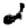
Digit: 2